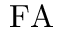
\mathrm { F A }